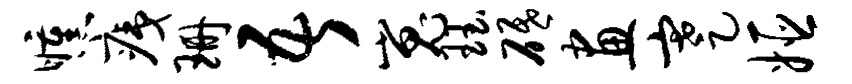
曛痍珊吾嵬珏砥画蹇姬